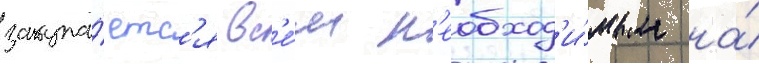
закупа́етс'я вс'е́м н'еобход'и́мым на́